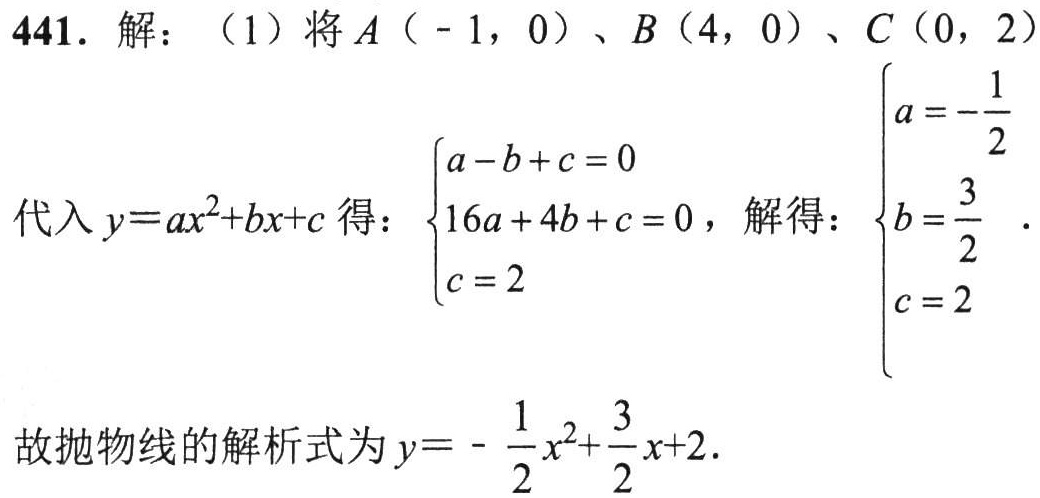
441. 解：（1）将\(A(-1,0)\)、\(B(4,0)\)、\(C(0,2)\)
代入\(y = ax^{2}+bx + c\)得：\(\begin{cases}a - b + c = 0\\16a + 4b + c = 0\\c = 2\end{cases}\)，解得：\(\begin{cases}a = -\frac{1}{2}\\b = \frac{3}{2}\\c = 2\end{cases}\).
故抛物线的解析式为\(y = -\frac{1}{2}x^{2}+\frac{3}{2}x + 2\).